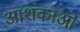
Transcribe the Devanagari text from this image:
आशंकाओ